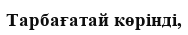
Тарбағатай көрінді,